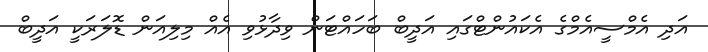
އަދި އެމްސީއެމްގެ އެކައުންޓްގައި އަދީބް ބަހައްޓަން ވިދާޅުވި އެއް މިލިއަން ޑޮލަރަކީ އަދީބް